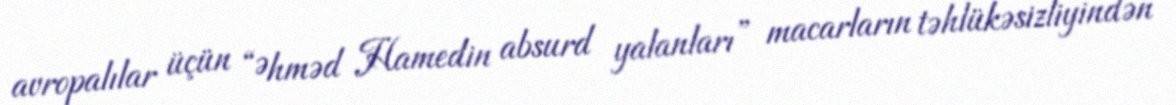
avropalılar üçün “Əhməd Hamedin absurd yalanları” macarların təhlükəsizliyindən